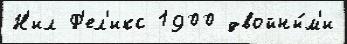
Н'ил Ф'ел'икс 1900 двойны́м'и